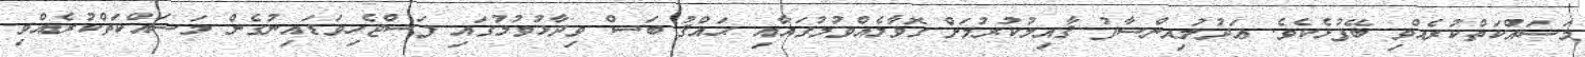
މަސައްކަތްކުރެއްވި ބޭފުޅެކެވެ. ޢަދުލުއިންސާފު ޤާއިމުކުރުމަށް ގޮވާލެއްވުމުގައާއި ޙައްޤު ބަސް ވިދާޅުވުމުގައި ފަސްޖެހިވަޑައިނުގެން މަސައްކަތްކުރެއްވި